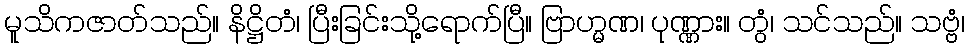
မူသိကဇာတ်သည်။ နိဋ္ဌိတံ၊ ပြီးခြင်းသို့ရောက်ပြီ။ ဗြာဟ္မဏ၊ ပုဏ္ဏား။ တွံ၊ သင်သည်။ သဗ္ဗံ၊